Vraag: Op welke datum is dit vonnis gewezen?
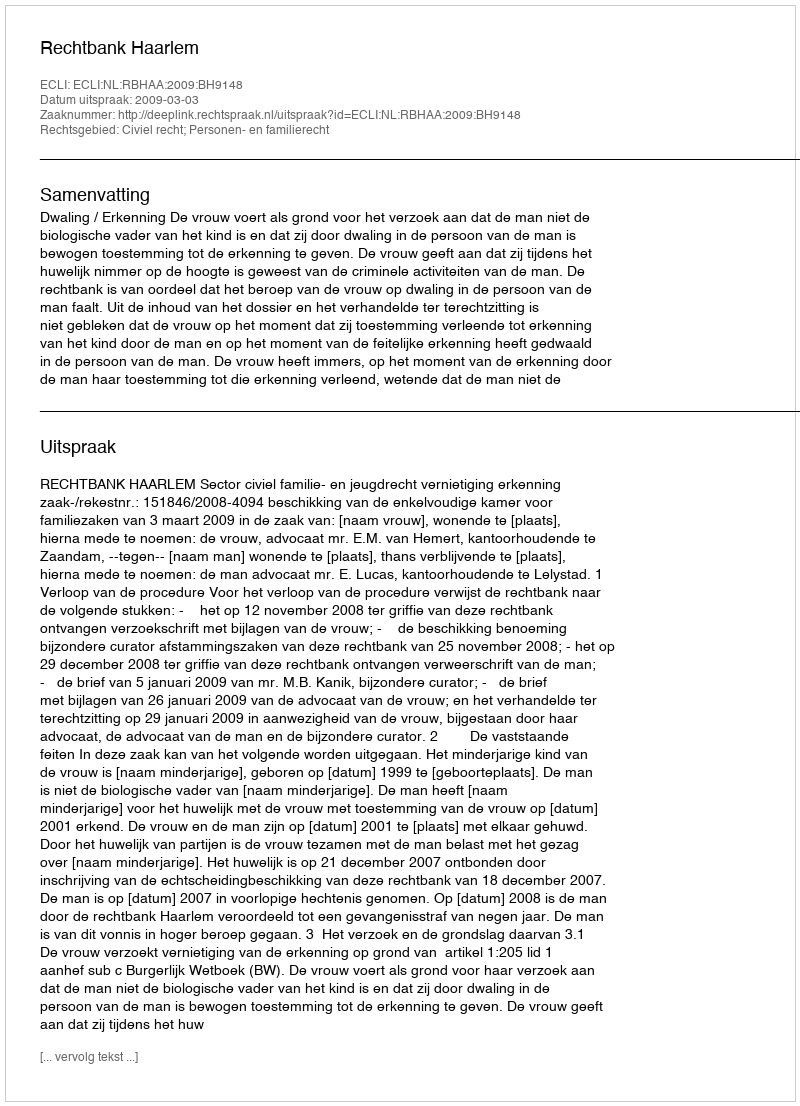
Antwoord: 2009-03-03